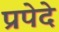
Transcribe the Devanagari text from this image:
प्रपेदे